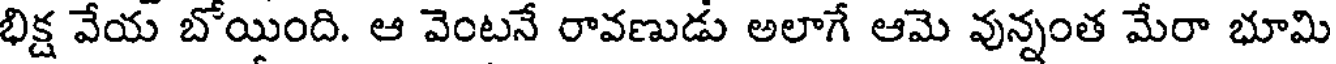
భిక్ష వేయ బోయింది. ఆ వెంటనే రావణుడు అలాగే ఆమె వున్నంత మేరా భూమి